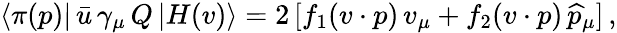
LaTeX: \langle\pi(p)|\, \bar{u}\, \gamma_{\mu}\, Q\, |H(v)\rangle=2\, [f_{1}(v\cdot p)\, v_{\mu}+f_{2}(v\cdot p)\, \widehat{p}_{\mu}]\, ,